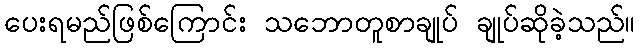
ပေးရမည်ဖြစ်ကြောင်း သဘောတူစာချုပ် ချုပ်ဆိုခဲ့သည်။